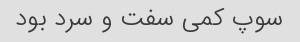
سوپ کمی سفت و سرد بود